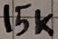
Text: 15K